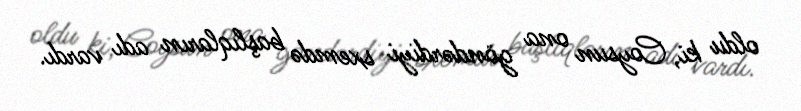
oldu ki, Coysun ona göndərdiyi sxemdə başlıqların adı vardı.